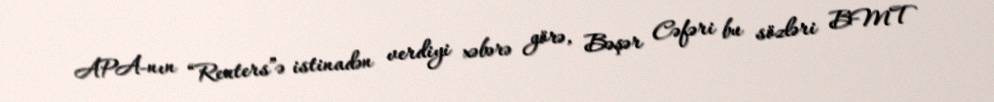
APA-nın “Reuters”ə istinadən verdiyi xəbərə görə, Bəşər Cəfəri bu sözləri BMT